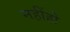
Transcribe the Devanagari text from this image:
नहींहो